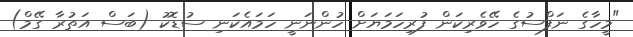
"މީހާގެ ނަފްސުގެ ހޭވެރިކަން ފުރިހަމަޔަށް ހުންނަނީ ހަމައެކަނި ސުޑޮކު (ބަސް އަތުރާ ގޭމް)